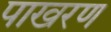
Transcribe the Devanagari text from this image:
पाखरण